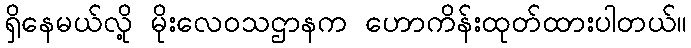
ရှိနေမယ်လို့ မိုးလေဝသဌာနက ဟောကိန်းထုတ်ထားပါတယ်။